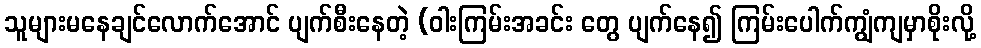
သူများမနေချင်လောက်အောင် ပျက်စီးနေတဲ့ (ဝါးကြမ်းအခင်း တွေ ပျက်နေ၍ ကြမ်းပေါက်ကျွံကျမှာစိုးလို့